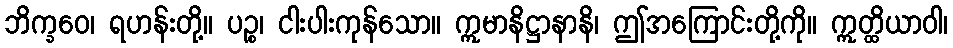
ဘိက္ခဝေ၊ ရဟန်းတို့။ ပဉ္စ၊ ငါးပါးကုန်သော။ ဣမာနိဋ္ဌာနာနိ၊ ဤအကြောင်းတို့ကို။ ဣတ္ထိယာဝါ၊